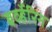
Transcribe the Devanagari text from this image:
बर्व्हेरिन